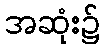
အဆုံး၌